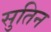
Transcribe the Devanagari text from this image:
सुतिन